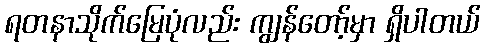
ရတနာသိုက်မြေပုံလည်း ကျွန်တော့်မှာ ရှိပါတယ်